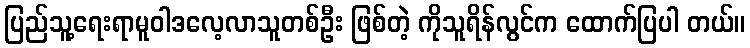
ပြည်သူ့ရေးရာမူဝါဒလေ့လာသူတစ်ဦး ဖြစ်တဲ့ ကိုသူရိန်လွင်က ထောက်ပြပါ တယ်။